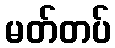
မတ်တပ်